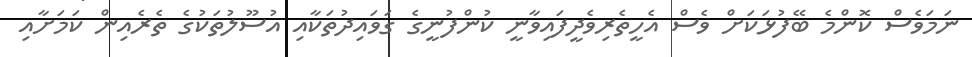
ނަމަވެސް ކޮންމެ ބޭފުޅަކަށް ވެސް އެހީތެރިވެދީފައިވާނީ ކުންފުނީގެ ގަވައިދުތަކާއި އުސޫލުތަކުގެ ތެރެއިން ކަމަށާއި